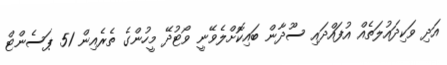
އަދި ވަކިދައުލަތެއް އުފައްދައި ސޫދާން ބައިކޮށްލެވޭނީ ވޯޓުދޭ މީހުންގެ ތެރެއިން 51 ޕަސެންޓް